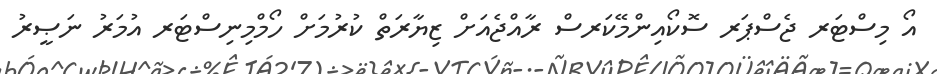
އޯ މިސްޓަރ ޖެސްޕަރ ސޮކޯއިންމޭކަރސް ރާއްޖެއަށް ޒިޔާރަތް ކުރުމަށް ހޯމްމިނިސްޓަރ އުމަރު ނަޞީރު